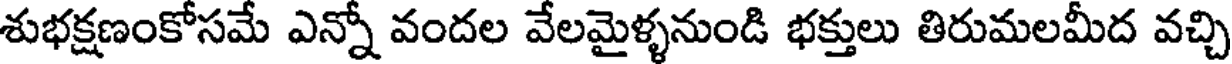
శుభక్షణంకోసమే ఎన్నో వందల వేలమైళ్ళనుండి భక్తులు తిరుమలమీద వచ్చి